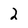
Character: 2